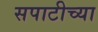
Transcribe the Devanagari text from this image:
सपाटीच्या